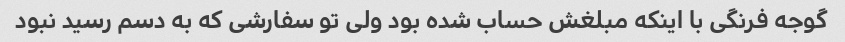
گوجه فرنگی با اینکه مبلغش حساب شده بود ولی تو سفارشی که به دسم رسید نبود